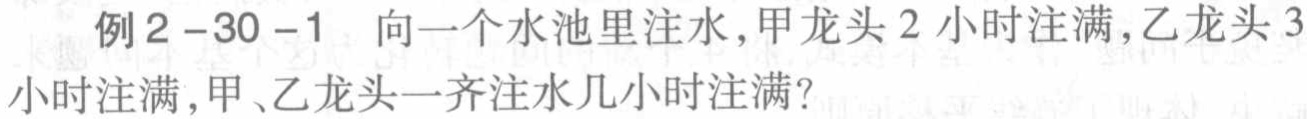
例2-30-1 向一个水池里注水，甲龙头2小时注满，乙龙头3小时注满，甲、乙龙头一齐注水几小时注满？